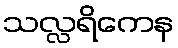
သလ္လရိကေန